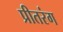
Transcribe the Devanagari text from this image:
प्रीतरंग